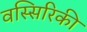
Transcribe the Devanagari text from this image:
वस्सिरिकी